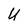
Character: U